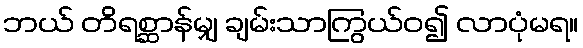
ဘယ် တိရစ္ဆာန်မျှ ချမ်းသာကြွယ်ဝ၍ လာပုံမရ။